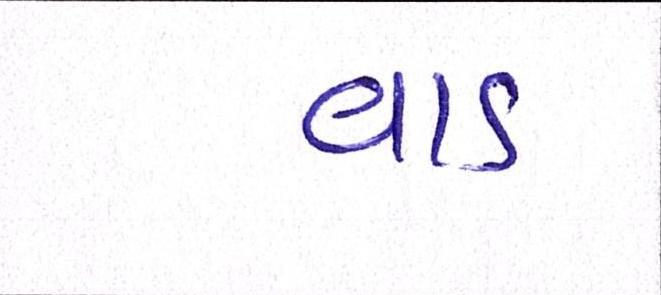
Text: વાડ